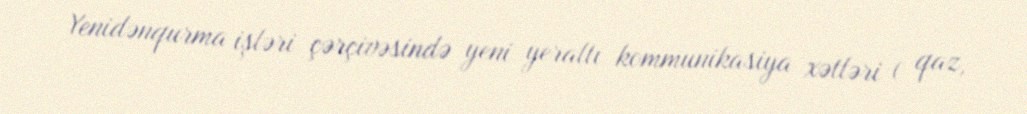
Yenidənqurma işləri çərçivəsində yeni yeraltı kommunikasiya xətləri ( qaz,